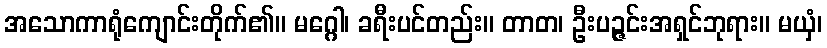
အသောကာရုံကျောင်းတိုက်၏။ မဂ္ဂေါ၊ ခရီးပင်တည်း။ တာတ၊ ဦးပဉ္ဇင်းအရှင်ဘုရား။ မယှံ၊